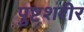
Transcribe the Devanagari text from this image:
पुष्टशरीर